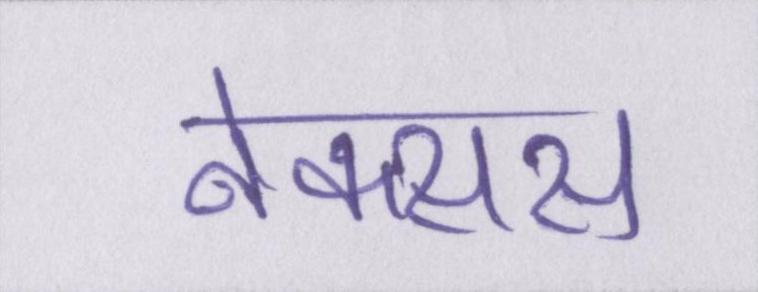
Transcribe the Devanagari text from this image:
नेक्सस